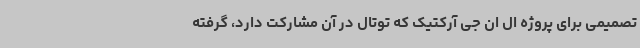
تصمیمی برای پروژه ال ان جی آرکتیک که توتال در آن مشارکت دارد، گرفته